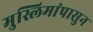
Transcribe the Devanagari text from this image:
मुस्लिमांपासुन